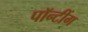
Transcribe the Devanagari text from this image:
पॉन्टींग